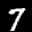
Label: 7